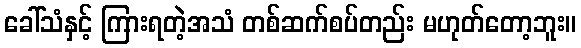
ခေါ်သံနှင့် ကြားရတဲ့အသံ တစ်ဆက်စပ်တည်း မဟုတ်တော့ဘူး။